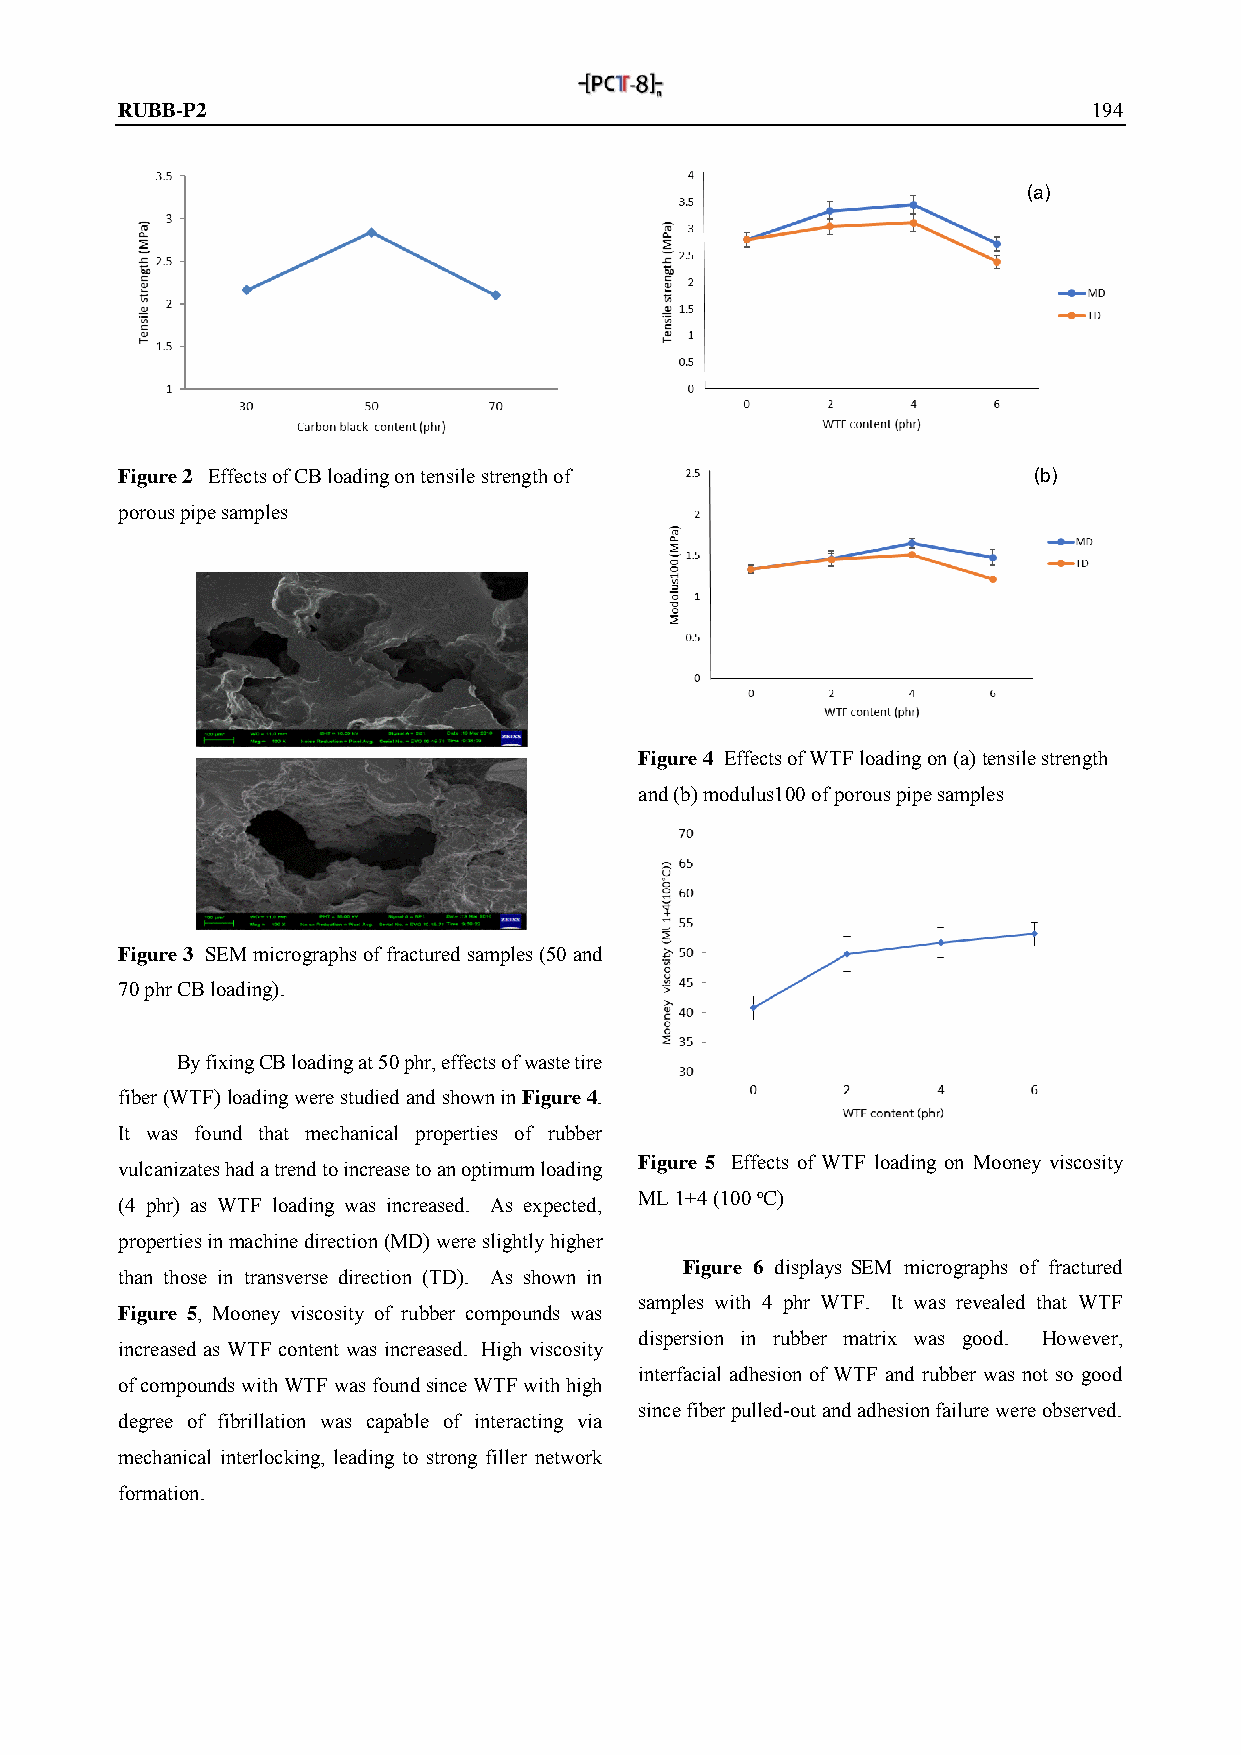
RUBB-P2                                                         194
 (a)
 (b)
 Figure 2 Effects of CB loading on tensile strength of
 porous pipe samples
 Figure 4 Effects of WTF loading on (a) tensile strength
 and (b) modulus100 of porous pipe samples
 Figure 3 SEM micrographs of fractured samples (50 and
 70 phr CB loading).
 By fixing CB loading at 50 phr, effects of waste tire
 fiber (WTF) loading were studied and shown in Figure 4.
 It was found that mechanical properties of rubber
 Figure 5 Effects of WTF loading on Mooney viscosity
 vulcanizates had a trend to increase to an optimum loading
 ML 1+4 (100 oC)
 (4 phr) as WTF loading was increased. As expected,
 properties in machine direction (MD) were slightly higher
 Figure 6 displays SEM micrographs of fractured
 than those in transverse direction (TD). As shown in
 samples with 4 phr WTF. It was revealed that WTF
 Figure 5, Mooney viscosity of rubber compounds was
 dispersion in rubber matrix was good. However,
 increased as WTF content was increased. High viscosity
 interfacial adhesion of WTF and rubber was not so good
 of compounds with WTF was found since WTF with high
 since fiber pulled-out and adhesion failure were observed.
 degree of fibrillation was capable of interacting via
 mechanical interlocking, leading to strong filler network
 formation.